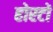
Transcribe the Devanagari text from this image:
होरटों